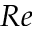
R e